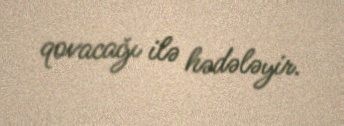
qovacağı ilə hədələyir.